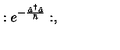
: e ^ { - \frac { { \hat { a } } ^ { \dagger } \hat { a } } { \hbar } } : ,